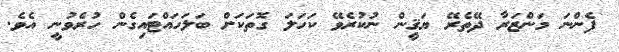
ފެންނަ މަންޒަރާ ދޭތެރޭ ޔަޤީން ނުކުރެވޭ ކަހަލަ ގޮތަކަށް ބަލަހައްޓައިގެން ހުރެވުނީ އެވެ.